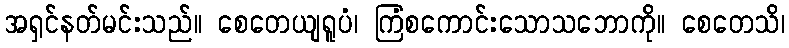
အရှင်နတ်မင်းသည်။ စေတေယျရူပံ၊ ကြံစကောင်းသောသဘောကို။ စေတေသိ၊